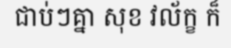
ជាប់ៗគ្នា សុខ វល័ក្ខ ក៏